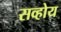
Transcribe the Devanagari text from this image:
सव्होय